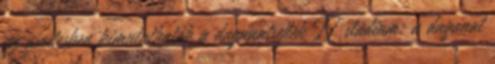
az ascitesben kimutathatók a daganatsejtek II. stádium: a daganat